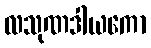
လသုဏဒါယကော